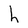
Character: h